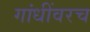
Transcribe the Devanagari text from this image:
गांधींवरच